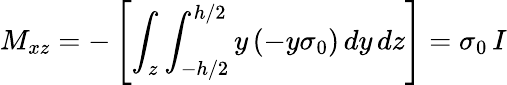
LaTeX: M_{xz}=-\left[\int_{z}\int_{-h/2}^{h/2}y\, (-y\sigma_{0})\, dy\, dz\right]=\sigma_{0}\, I